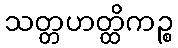
သတ္တဟတ္ထိကဉ္စ